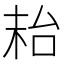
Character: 𱒮